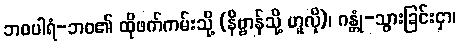
ဘဝပါရံ-ဘဝ၏ ထိုဖက်ကမ်းသို့ (နိဗ္ဗာန်သို့ ဟူလို)၊ ဂန္တုံ-သွားခြင်းငှာ၊